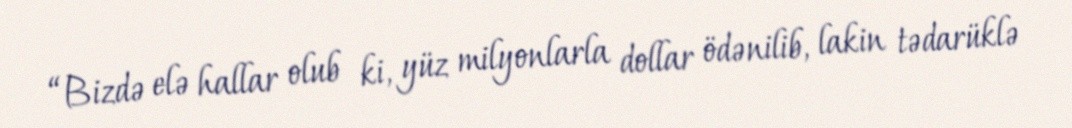
“Bizdə elə hallar olub ki, yüz milyonlarla dollar ödənilib, lakin tədarüklə